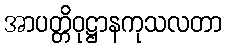
အာပတ္တိဝုဋ္ဌာနကုသလတာ